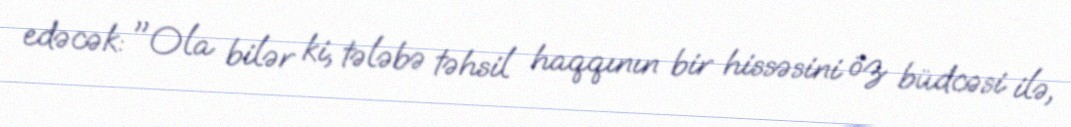
edəcək: "Ola bilər ki, tələbə təhsil haqqının bir hissəsini öz büdcəsi ilə,